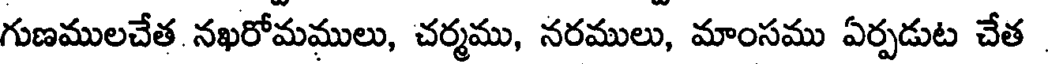
గుణములచేత నఖరోమములు, చర్మము, నరములు, మాంసము ఏర్పడుట చేత